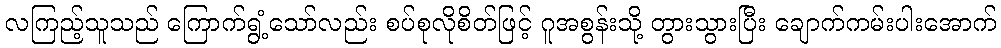
လကြည့်သူသည် ကြောက်ရွံ့သော်လည်း စပ်စုလိုစိတ်ဖြင့် ဂူအစွန်းသို့ တွားသွားပြီး ချောက်ကမ်းပါးအောက်